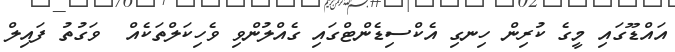
އައްޑޫގައި މީގެ ކުރިން ހިނގި އެކްސިޑެންޓްގައި ގެއްލުންވި ވެހިކަލްތަކެއް  ވަގުތު ފައިލް